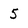
Character: 5